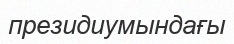
президиумындағы